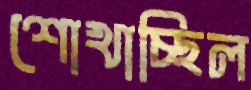
শোখাচ্ছিল